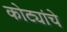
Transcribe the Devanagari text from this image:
कोट्यांचे